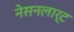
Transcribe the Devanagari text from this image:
नेसनलार्ट